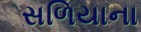
સળિયાના